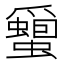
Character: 𮕎